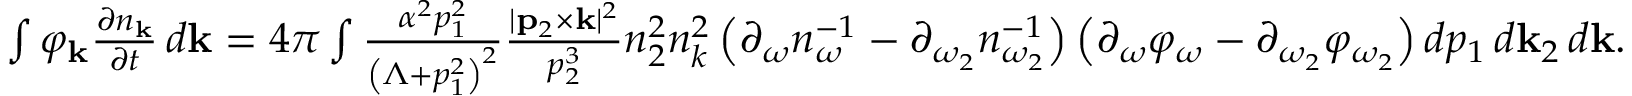
\begin{array} { r } { \int \varphi _ { \bf k } \frac { \partial n _ { \bf k } } { \partial t } \, d { \bf k } = 4 \pi \int \frac { \alpha ^ { 2 } p _ { 1 } ^ { 2 } } { \left( \Lambda + p _ { 1 } ^ { 2 } \right) ^ { 2 } } \frac { | { \bf p } _ { 2 } \times { \bf k } | ^ { 2 } } { p _ { 2 } ^ { 3 } } n _ { 2 } ^ { 2 } n _ { k } ^ { 2 } \left( \partial _ { \omega } n _ { \omega } ^ { - 1 } - \partial _ { \omega _ { 2 } } n _ { \omega _ { 2 } } ^ { - 1 } \right) \left( \partial _ { \omega } \varphi _ { \omega } - \partial _ { \omega _ { 2 } } \varphi _ { \omega _ { 2 } } \right) d p _ { 1 } \, d { \bf k } _ { 2 } \, d { \bf k } . } \end{array}